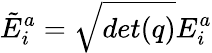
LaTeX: {\tilde{E}}_{i}^{a}={\sqrt{det(q)}}E_{i}^{a}